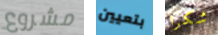
مشروع بتعيين شكرا